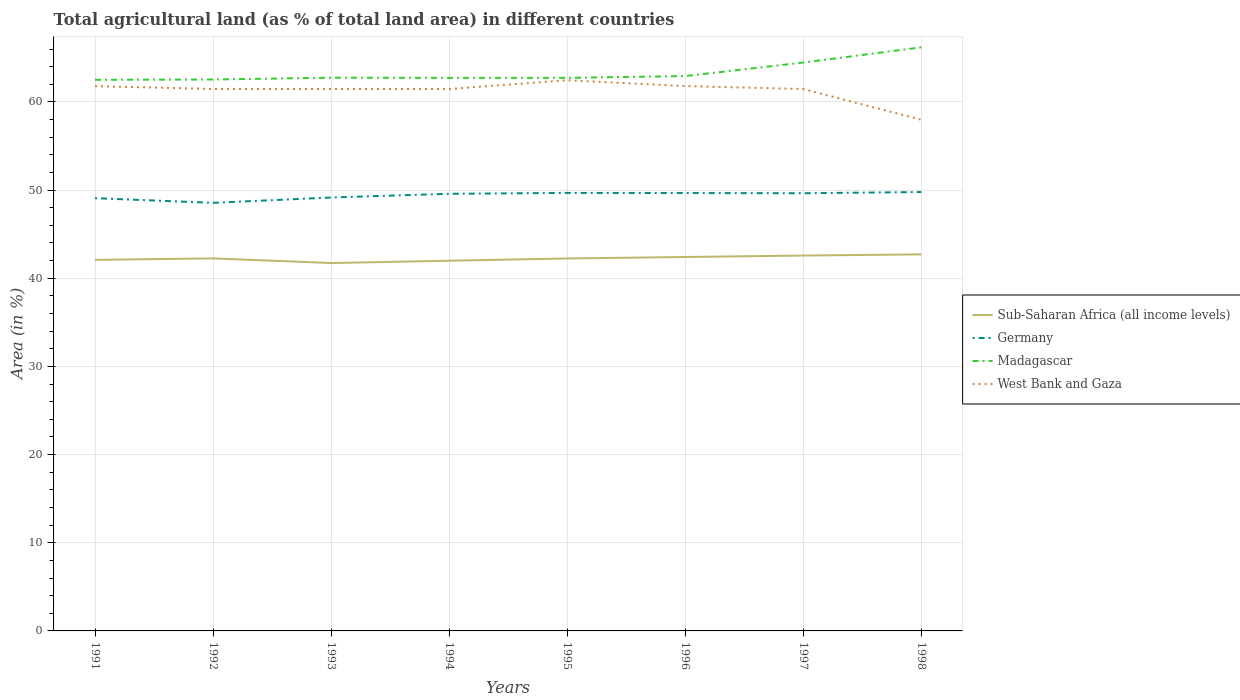
| Years | Sub-Saharan Africa (all income levels) | Germany | Madagascar | West Bank and Gaza |
 | --- | --- | --- | --- | --- |
 | 1991 | 42.1 | 49.1 | 62.5 | 61.8 |
 | 1992 | 42.3 | 48.6 | 62.5 | 61.5 |
 | 1993 | 41.7 | 49.2 | 62.7 | 61.5 |
 | 1994 | 42 | 49.6 | 62.7 | 61.5 |
 | 1995 | 42.2 | 49.7 | 62.7 | 62.5 |
 | 1996 | 42.4 | 49.7 | 62.9 | 61.8 |
 | 1997 | 42.6 | 49.6 | 64.5 | 61.5 |
 | 1998 | 42.7 | 49.8 | 66.2 | 58 |